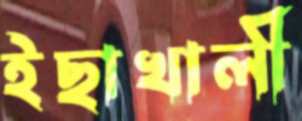
ইছাখালী